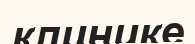
клинике